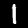
Label: 1